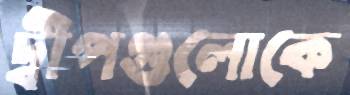
দ্বীপগুলোকে